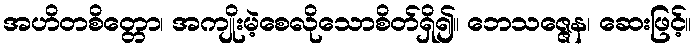
အဟိတစိတ္တော၊ အကျိုးမဲ့စေလိုသောစိတ်ရှိ၍။ ဘေသဇ္ဇေန၊ ဆေးဖြင့်။